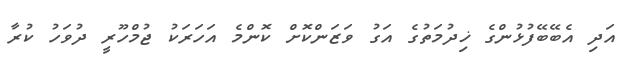
އަދި އެބޭބޭފުޅުންގެ ޚިދުމަތުގެ އަގު ވަޒަންކޮށް ކޮންމެ އަހަރަކު ޖުމްހޫރީ ދުވަހު ކުރާ